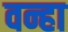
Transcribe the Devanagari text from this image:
वन्हा